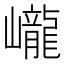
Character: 巄